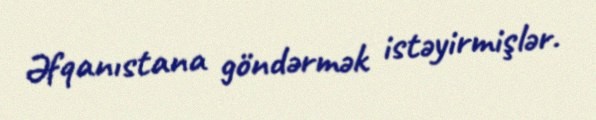
Əfqanıstana göndərmək istəyirmişlər.